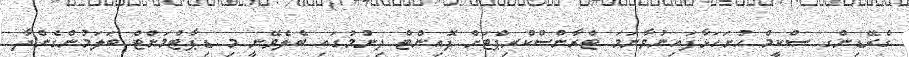
ގްރޭޑިންގ ސްކީމް ހުށަހަޅާފައިނުވާނަމަ ޓްރާންސްކްރިޕްޓަށް ޕޮއިންޓް ދިނުމުގައި ބެލެވޭނީ މި ޑިޕާޓްމަންޓް ބަލަމުންގެންދާ